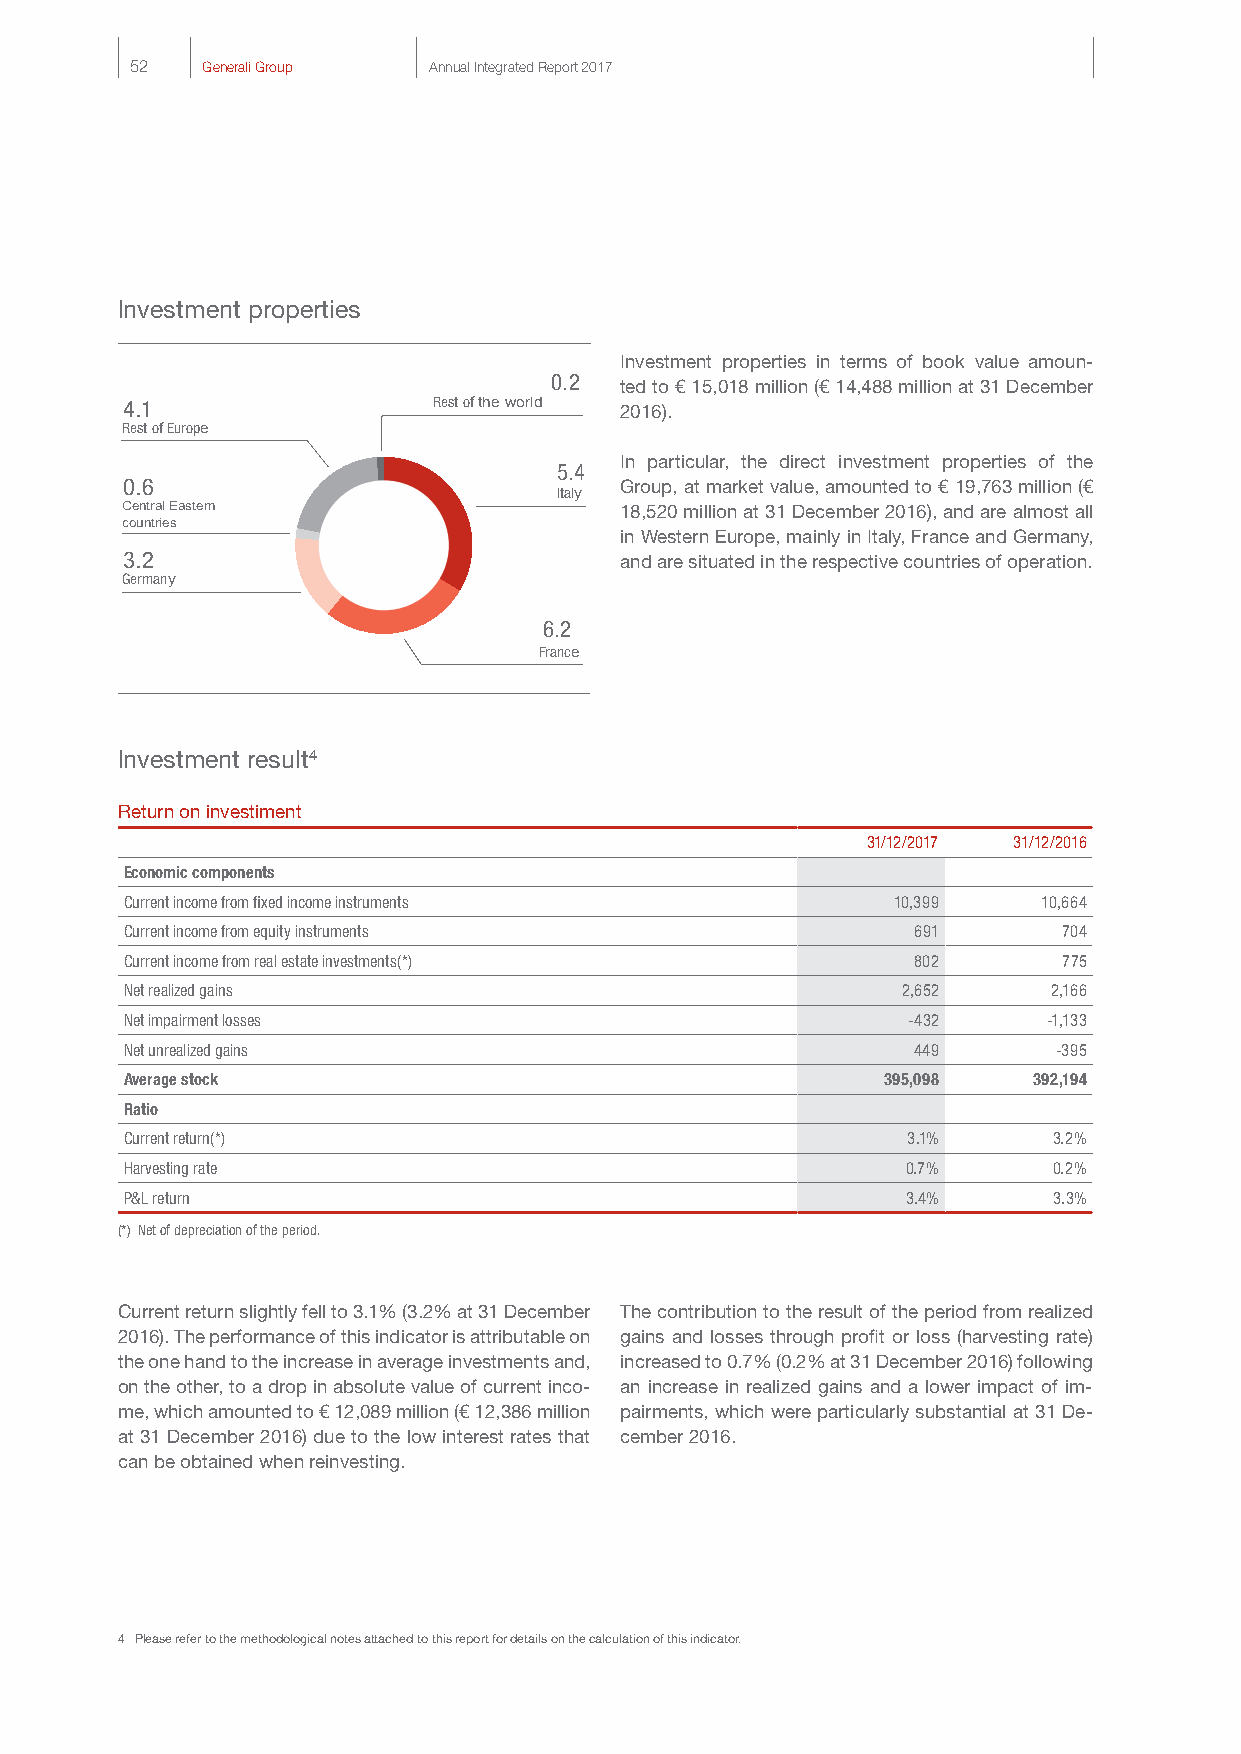
3,4
 Finanial Companies
 4,0
 IFU equities
 52  Generali Group Annual Integrated Re p1o,r4t 2017
 Utilities
 4,2
 Alternative                  1,3
 investments
 Consumer
 2,1                          1,0
 Altri                      Industrial
 Investment properties
 Investment properties in terms of book value amoun-
 0.2  ted to € 15,018 million (€ 14,488 million at 31 December
 4.1                  Rest of the world 2016).
 Rest of Europe
 In particular, the direct investment properties of the
 5.4
 0.6                              Group, at market value, amounted to € 19,763 million (€
 Italy
 Central Eastern                  18,520 million at 31 December 2016), and are almost all
 countries
 in Western Europe, mainly in Italy, France and Germany,
 3.2                              and are situated in the respective countries of operation.
 Germany
 6.2
 France
 Investment result4
 Return on investiment
 31/12/2017 31/12/2016
 Economic components
 Current income from fixed income instruments       10,399    10,664
 Current income from equity instruments              691       704
 Current income from real estate investments(*)      802       775
 Net realized gains                                  2,652     2,166
 Net impairment losses                               -432     -1,133
 Net unrealized gains                                449       -395
 Average stock                                     395,098   392,194
 Ratio
 Current return(*)                                   3.1%      3.2%
 Harvesting rate                                     0.7%      0.2%
 P&L return                                          3.4%      3.3%
 (*) Net of depreciation of the period.
 Current return slightly fell to 3.1% (3.2% at 31 December The contribution to the result of the period from realized
 2016). The performance of this indicator is attributable on gains and losses through profit or loss (harvesting rate)
 the one hand to the increase in average investments and, increased to 0.7% (0.2% at 31 December 2016) following
 on the other, to a drop in absolute value of current inco- an increase in realized gains and a lower impact of im-
 me, which amounted to € 12,089 million (€ 12,386 million pairments, which were particularly substantial at 31 De-
 at 31 December 2016) due to the low interest rates that cember 2016.
 can be obtained when reinvesting.
 4 Please refer to the methodological notes attached to this report for details on the calculation of this indicator.